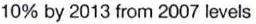
10% by 2013 from 2007 levels